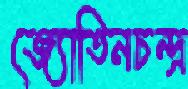
জ্যোতিনচন্দ্র